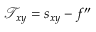
\mathcal { T } _ { x y } = s _ { x y } - f ^ { \prime \prime }